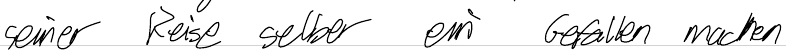
seiner Reise selber ein Gefallen machen